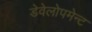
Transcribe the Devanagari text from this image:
डेवेलोपमेन्ट